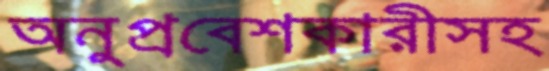
অনুপ্রবেশকারীসহ